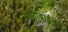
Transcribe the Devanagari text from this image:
सोनाबाईंना